Source: Handwritten
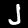
Digit: ၂ (2)